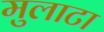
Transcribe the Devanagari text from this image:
मुलाटा